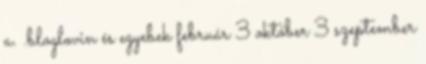
a. .bloglovin és egyebek február 3 október 3 szeptember